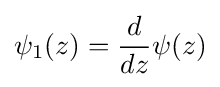
\psi _{1}(z)={\frac {d}{dz}}\psi (z)